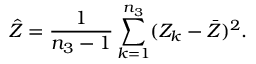
\hat { Z } = \frac { 1 } { n _ { 3 } - 1 } \sum _ { k = 1 } ^ { n _ { 3 } } ( Z _ { k } - \bar { Z } ) ^ { 2 } .